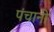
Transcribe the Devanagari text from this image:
पंचानी